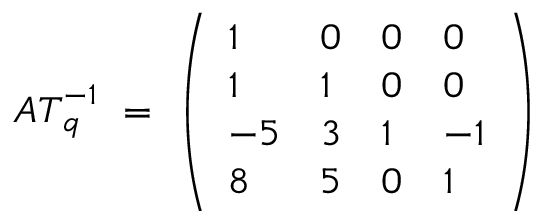
{ \cal A T } _ { q } ^ { - 1 } ~ = ~ \left( \begin{array} { l l l l } { { 1 } } & { { 0 } } & { { 0 } } & { { 0 } } \\ { { 1 } } & { { 1 } } & { { 0 } } & { { 0 } } \\ { { - 5 } } & { { 3 } } & { { 1 } } & { { - 1 } } \\ { { 8 } } & { { 5 } } & { { 0 } } & { { 1 } } \end{array} \right)